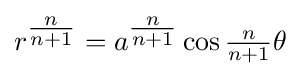
r^{\tfrac {n}{n+1}}=a^{\tfrac {n}{n+1}}\cos {\tfrac {n}{n+1}}\theta